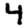
Digit: 4